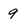
Character: 9